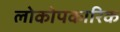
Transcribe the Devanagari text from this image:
लोकोपकारिक